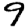
Digit: 9